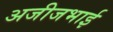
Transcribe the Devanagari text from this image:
अजीजभाई